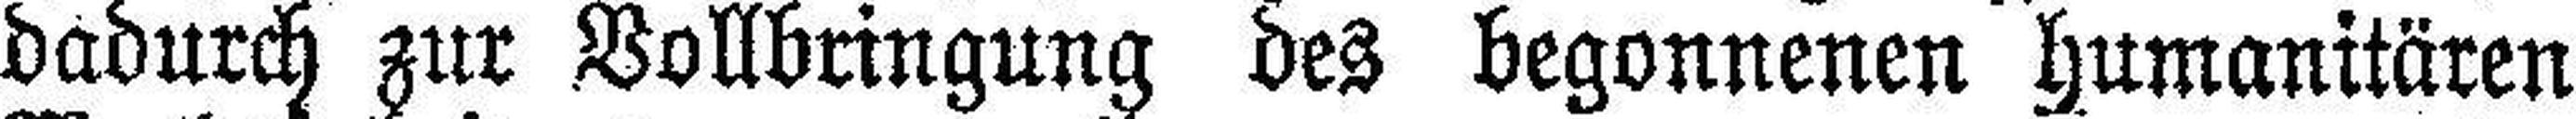
dadurch zur Vollbringung des begonnenen Humanitären